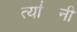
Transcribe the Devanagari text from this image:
त्या॑नी